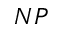
N P